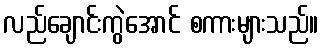
လည်ချောင်းကွဲအောင် စကားများသည်။